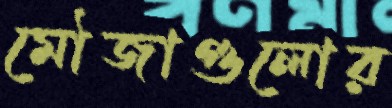
মৌজাগুলোর